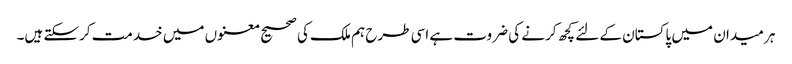
ہر میدان میں پاکستان کے لئے کچھ کرنے کی ضروت ہے اسی طرح ہم ملک کی صحیح معنوں میں خدمت کرسکتے ہیں۔